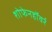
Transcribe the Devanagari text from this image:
शोफेनहॉवर्र